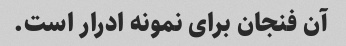
آن فنجان برای نمونه ادرار است.